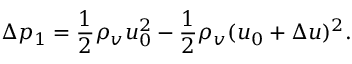
\Delta p _ { 1 } = \frac { 1 } { 2 } \rho _ { v } u _ { 0 } ^ { 2 } - \frac { 1 } { 2 } \rho _ { v } ( u _ { 0 } + \Delta u ) ^ { 2 } .